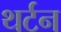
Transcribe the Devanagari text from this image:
थर्टन